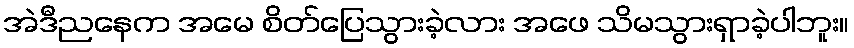
အဲဒီညနေက အမေ စိတ်ပြေသွားခဲ့လား အဖေ သိမသွားရှာခဲ့ပါဘူး။